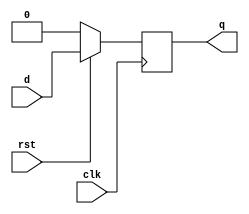
`timescale 1ns / 1ps
module d_flipflop(
    input d, clk,rst, 
    output reg q
    );
    always @(posedge clk)
    begin
        if(!rst)
            q=0;
        else 
            q<=d;    
    end
    
endmodule